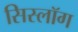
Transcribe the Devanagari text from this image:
सिस्लॉग